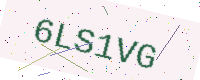
Text: 6LS1VG